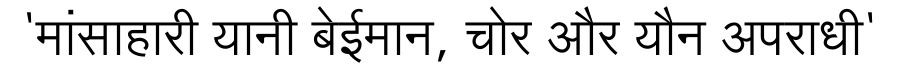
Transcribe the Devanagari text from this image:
'मांसाहारी यानी बेईमान, चोर और यौन अपराधी'